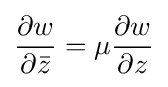
{\frac {\partial w}{\partial {\bar {z}}}}=\mu {\frac {\partial w}{\partial z}}